Subject: math
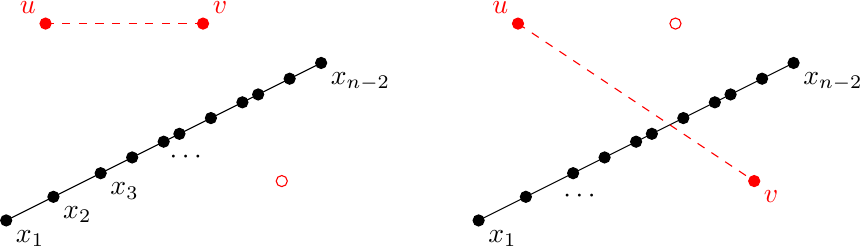
LaTeX code:
		\begin{tikzpicture}
		\draw (0,0)--(4,2);
		\filldraw[black] (0,0) circle (2pt) node[anchor=north west]{\(x_1\)};
		\filldraw[black] (0.6,0.3) circle (2pt) node[anchor=north west]{\(x_2\)};
		\filldraw[black] (1.2,0.6) circle (2pt) node[anchor=north west]{\(x_3\)};
		\filldraw[black] (1.6,0.8) circle (2pt) node[anchor=west]{\hspace{1em}\(\cdots\)};
		\filldraw[black] (2.0,1.0) circle (2pt);
		\filldraw[black] (2.2,1.1) circle (2pt);
		\filldraw[black] (2.6,1.3) circle (2pt);
		\filldraw[black] (3.0,1.5) circle (2pt);
		\filldraw[black] (3.2,1.6) circle (2pt);
		\filldraw[black] (3.6,1.8) circle (2pt);
		\filldraw[black] (4,2) circle (2pt) node[anchor=north west]{\(x_{n-2}\)};

		\filldraw[red] (0.5,2.5) circle (2pt) node[anchor=south east]{\(u\)};
		\filldraw[red] (2.5,2.5) circle (2pt) node[anchor=south west]{\(v\)};
		\draw[red] (3.5,0.5) circle (2pt);
		\draw[red,dashed] (0.5,2.5)--(2.5,2.5);

		\draw (6,0)--(10,2);
		\filldraw[black] (6,0) circle (2pt) node[anchor=north west]{\(x_1\)};
		\filldraw[black] (6.6,0.3) circle (2pt) node[anchor=west]{\hspace{1em}\(\cdots\)};
		\filldraw[black] (7.2,0.6) circle (2pt);
		\filldraw[black] (7.6,0.8) circle (2pt);
		\filldraw[black] (8.0,1.0) circle (2pt);
		\filldraw[black] (8.2,1.1) circle (2pt);
		\filldraw[black] (8.6,1.3) circle (2pt);
		\filldraw[black] (9.0,1.5) circle (2pt);
		\filldraw[black] (9.2,1.6) circle (2pt);
		\filldraw[black] (9.6,1.8) circle (2pt);
		\filldraw[black] (10,2) circle (2pt) node[anchor=north west]{\(x_{n-2}\)};

		\filldraw[red] (6.5,2.5) circle (2pt) node[anchor=south east]{\(u\)};
		\draw[red] (8.5,2.5) circle (2pt);
		\filldraw[red] (9.5,0.5) circle (2pt) node[anchor=north west]{\(v\)};
		\draw[red,dashed] (6.5,2.5)--(9.5,0.5);
;		\end{tikzpicture}